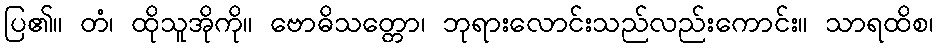
ပြ၏။ တံ၊ ထိုသူအိုကို။ ဗောဓိသတ္တော၊ ဘုရားလောင်းသည်လည်းကောင်း။ သာရထိစ၊